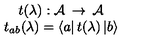
\begin{array} { c } { t ( \lambda ) : { \cal A } \: \rightarrow \: { \cal A } } \\ { t _ { a b } ( \lambda ) = \left\langle a \right| t ( \lambda ) \left| b \right\rangle } \\ \end{array}